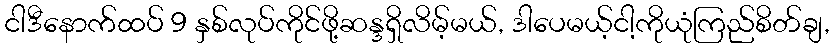
ငါဒီနောက်ထပ် 9 နှစ်လုပ်ကိုင်ဖို့ဆန္ဒရှိလိမ့်မယ်, ဒါပေမယ့်ငါ့ကိုယုံကြည်စိတ်ချ,